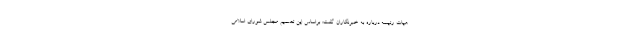
هیات رئیسه درباره به خبرنگاران گفت: براساس این تصمیم مجلس شورای اسلامی